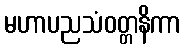
မဟာပညသံဝတ္တနိကာ